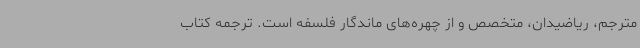
مترجم، ریاضیدان، متخصص و از چهره‌های ماندگار فلسفه است. ترجمه کتاب